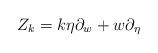
LaTeX: \begin{align*}Z_k = k \eta \partial_w + w \partial_\eta\end{align*}